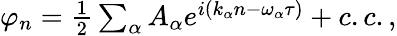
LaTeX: \begin{array}{r}{\varphi_{n}=\frac{1}{2}\sum_{\alpha}A_{\alpha}e^{i(k_{\alpha}n-\omega_{\alpha}\tau)}+c.c.,}\end{array}